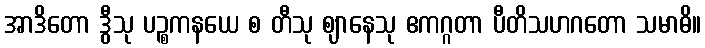
အာဒိတော ဒွီသု ပဉ္စကနယေ စ တီသု ဈာနေသု ဧကဂ္ဂတာ ပီတိသဟဂတော သမာဓိ။